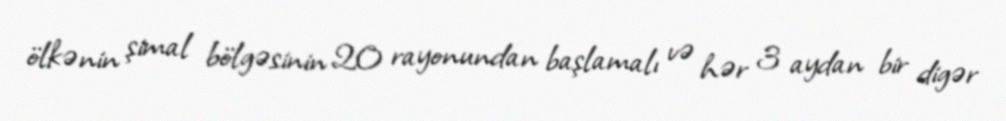
ölkənin şimal bölgəsinin 20 rayonundan başlamalı və hər 3 aydan bir digər